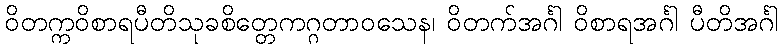
ဝိတက္ကဝိစာရပီတိသုခစိတ္တေကဂ္ဂတာဝသေန၊ ဝိတက်အင်္ဂါ ဝိစာရအင်္ဂါ ပီတိအင်္ဂါ